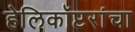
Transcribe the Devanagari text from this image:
हेलिकॉप्टरांचा